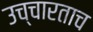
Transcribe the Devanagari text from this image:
उच्चारताच